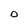
Character: O